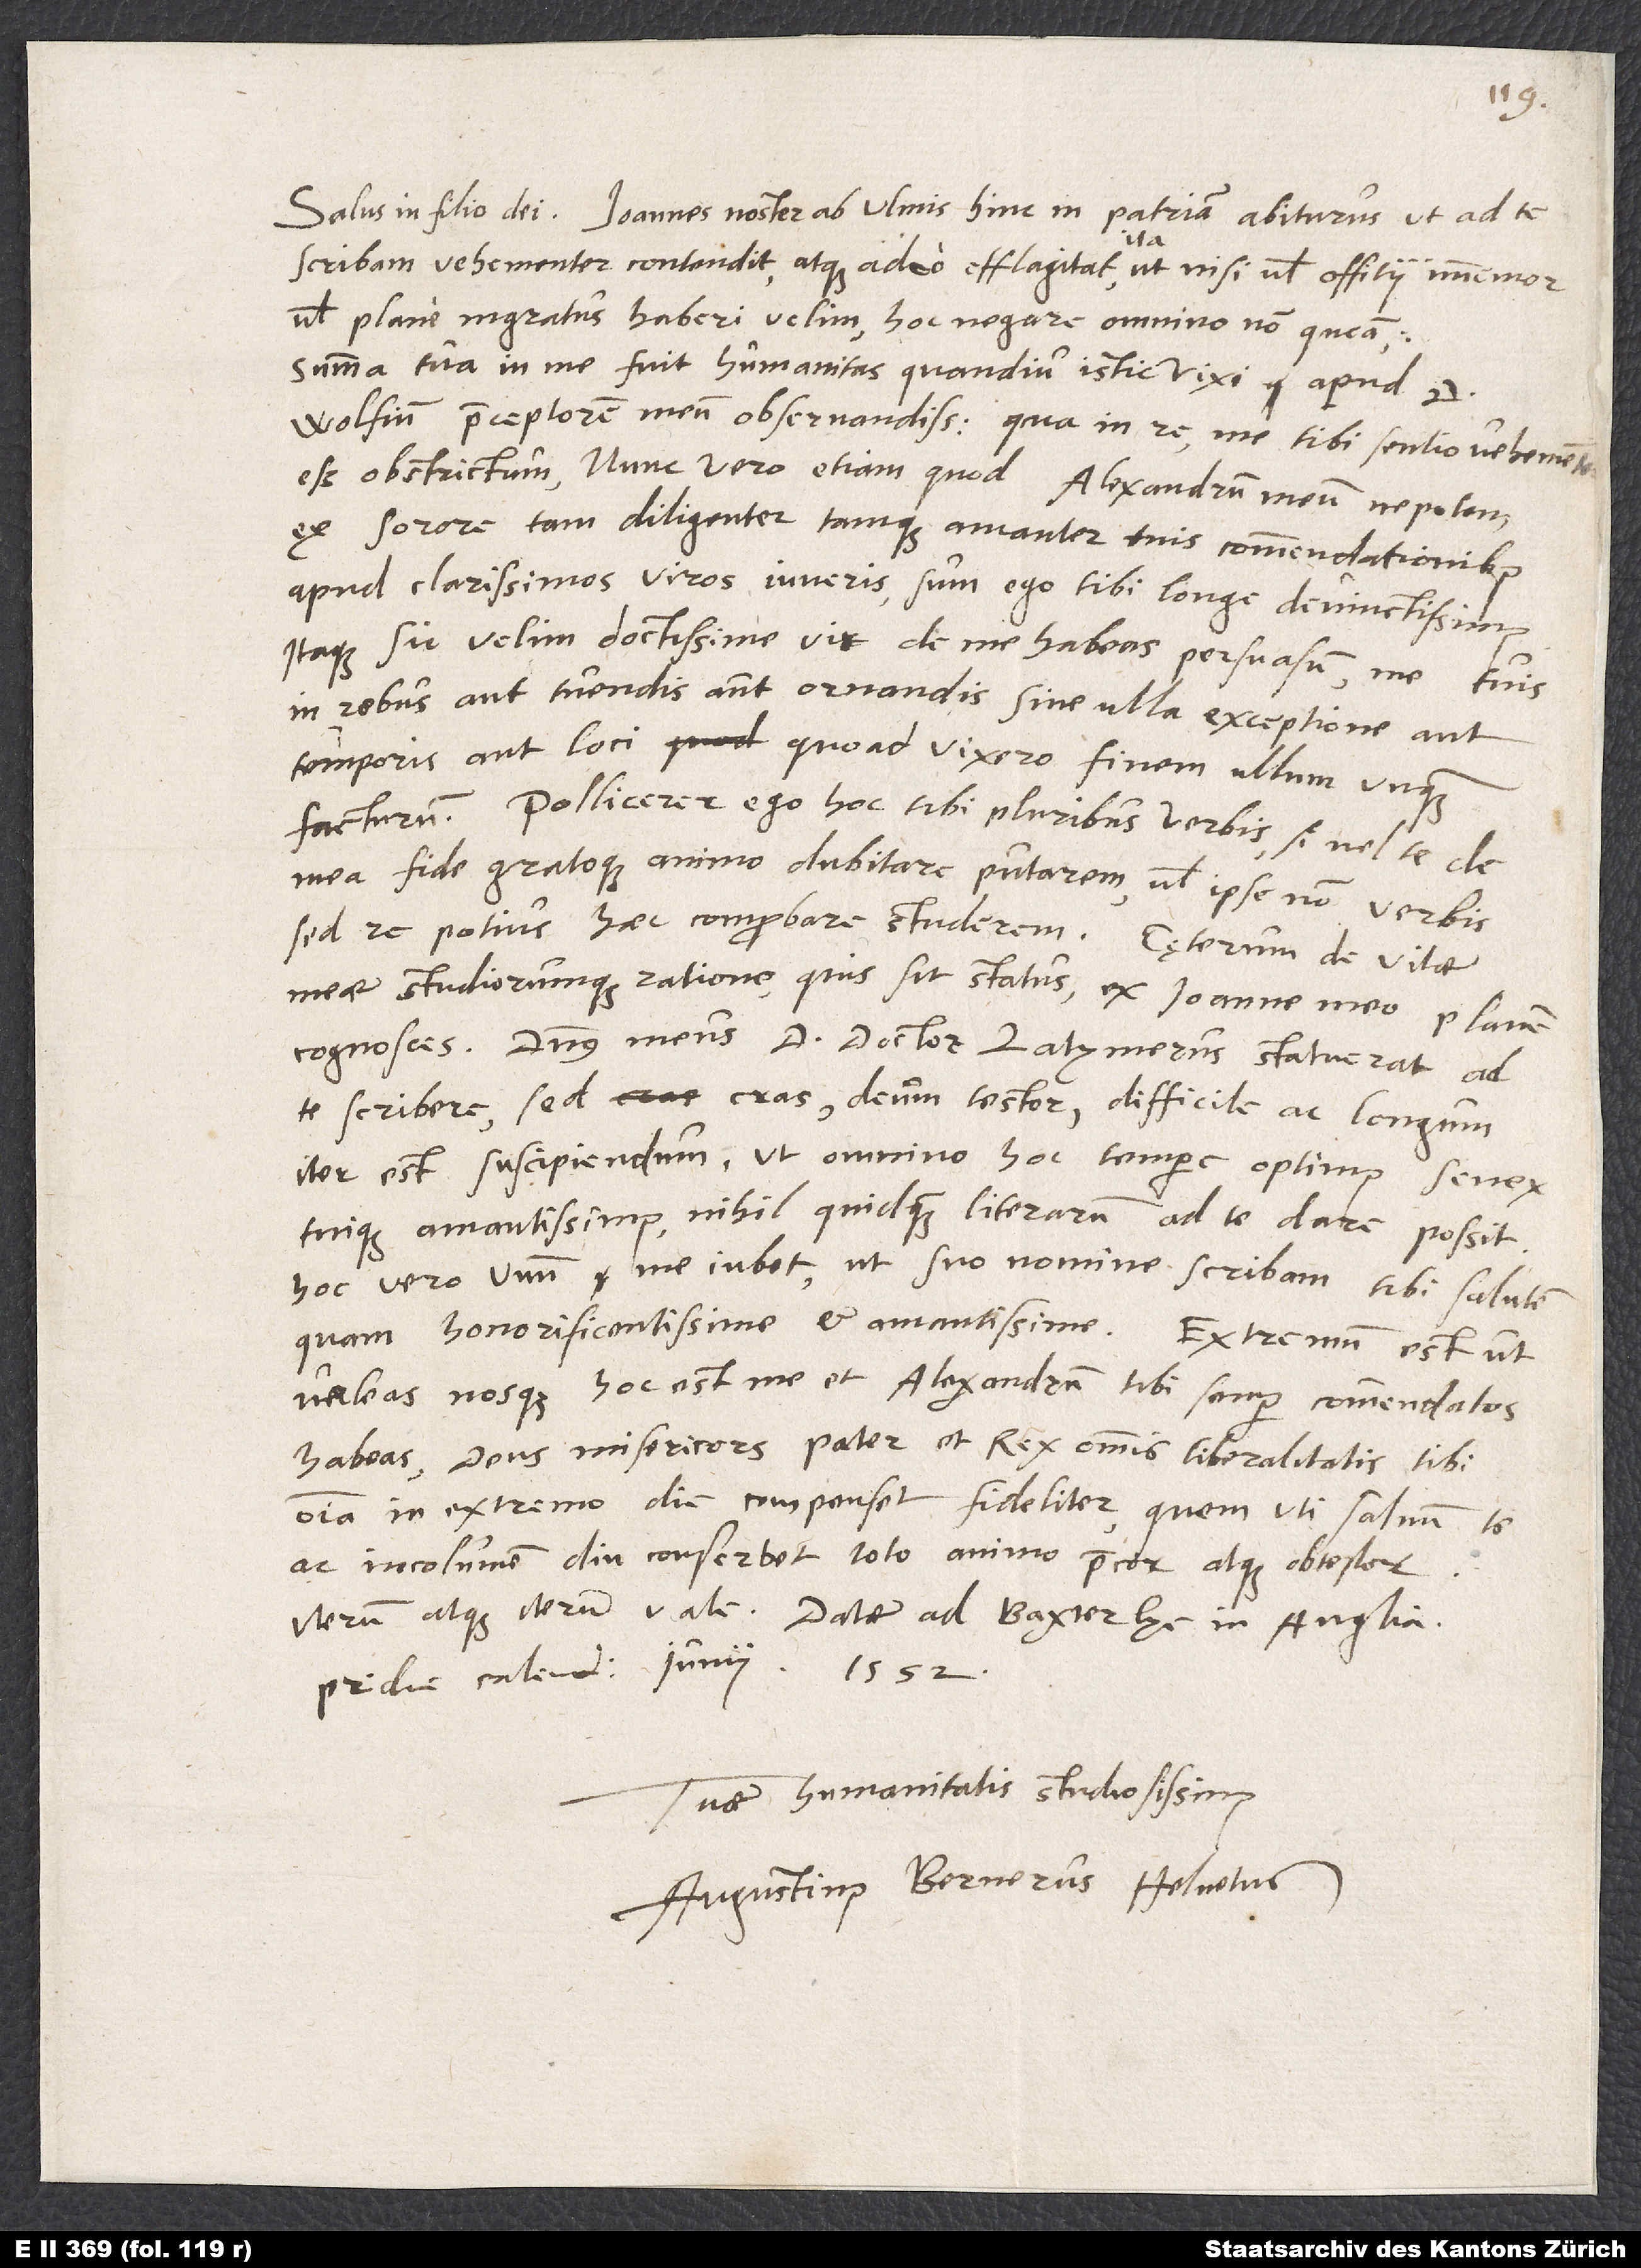
Salus in filio dei. Ioannes noster ab Ulmis, hinc in patriam abiturus, ut ad te
scribam vehementer contendit, atque adeo efflagitat, ita ut nisi vel officii immemor
vel plane ingratus haberi velim, hoc negare omnino non queam.
Summa tua in me fuit humanitas quandiu istic vixi apud d.
Wolfium praeceptorem meum observandissimum; qua in re me tibi sentio vehementer
esse obstrictum: nunc vero etiam quod Alexandrum meum nepotem
ex sorore tam diligenter tamque amanter tuis commendationibus
apud clarissimos viros iuveris, sum ego tibi longe devinctissimus.
Itaque sic velim, doctissime vir, de me habeas persuasum, me tuis
in rebus aut tuendis aut ornandis sine ulla exceptione aut
temporis aut loci, quoad vixero, finem ullum unquam
facturum. Pollicerer ego hoc tibi pluribus verbis, si vel te de
mea fide gratoque animo dubitare putarem, vel ipse non verbis
sed re potius haec comprobare studerem. Cęterum de vitae
meae studiorumque ratione, quis sit status, ex Ioanne meo plane
te scribere: sed cras, deum testor, difficile ac longum
iter est suscipiendum, ut omnino hoc tempore optimus senex
tuique amantissimus nihiil quidquam literarum ad te dare possit;
hoc vero unum me iubet, ut suo nomine scribam tibi salutem
quam honorificentissime et amantissime. Extremum est ut
valeas, nosque, hoc est, me et Alexandrum, tibi semper commendatos
habeas. Deus misericors, pater et rex omnis liberalitatis, tibi
omnia in extremo die compenset fideliter, quem uti salvum te
ac incolumem diu conservet, toto animo precor atque obtestor.
pridie calendas iunii, 1552.
Tuae humanitatis studiosissimus,
Augustinus Bernerus, Helvetus.